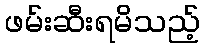
ဖမ်းဆီးရမိသည့်